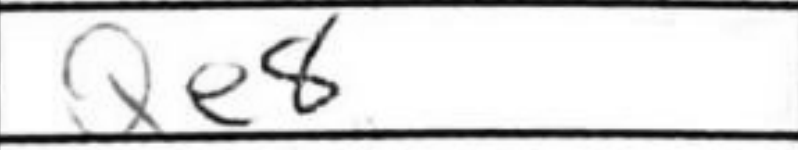
Transcription: Qe8